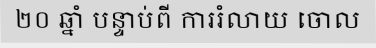
២០ ឆ្នាំ បន្ទាប់ពី ការរំលាយ ចោល